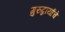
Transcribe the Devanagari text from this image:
गुरुद्वार्याचे